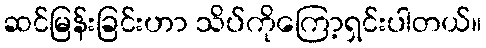
ဆင်မြန်းခြင်းဟာ သိပ်ကိုကြော့ရှင်းပါတယ်။